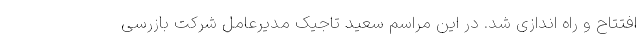
افتتاح و راه اندازی شد. در این مراسم سعید تاجیک مدیرعامل شرکت بازرسی